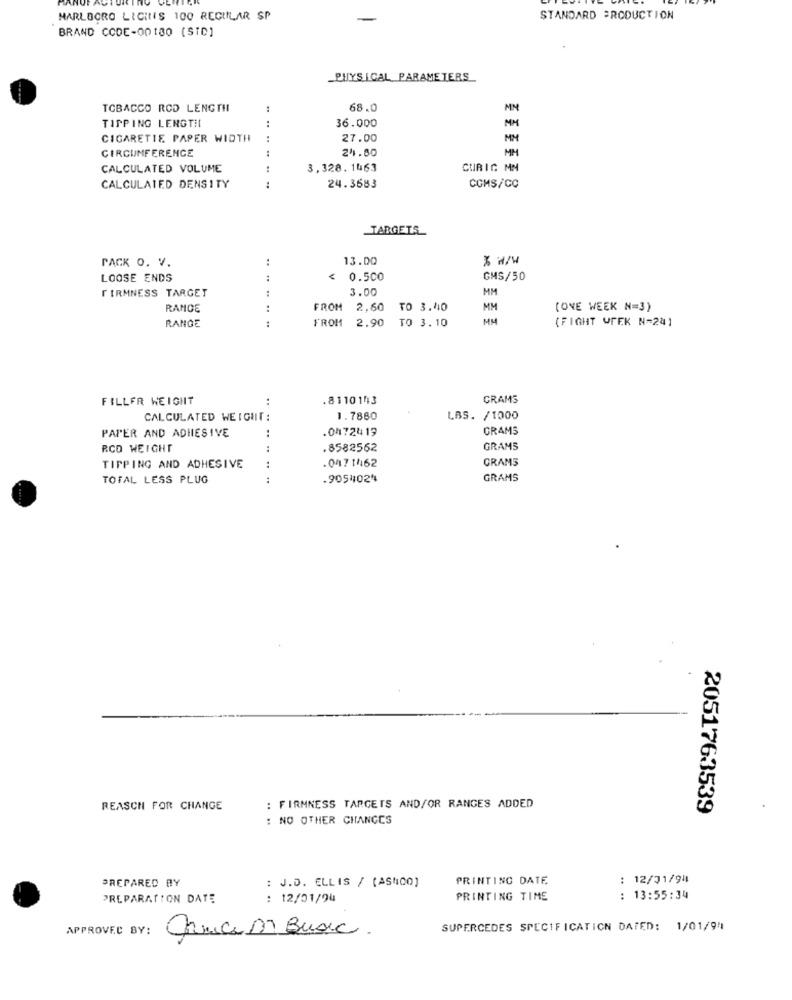
MARLBORO LICINIS 100 REGULAR SP
-
STANDARD PRODUCTION
BRAND CODE-00180 (STD]
_PHYSICAL PARAMETERS
TOBACCO ROD LENGTH
68.0
MN
TIPPING LENGTH
36.000
:
MM
CIGARETTE PAPER WIDTH
:
27.00
MM
CIRCUMFERENCE
:
241.80
MH
CALCULATED VOLUME
:
3,328. 1463
CURIC MN
CALCULATED DENSITY
24.3683
COMS/CC
TARGETS
:
13.00
% H/W
PACK O. V.
LOOSE ENDS
:
0.500
GMS/50
3.00
MM
FIRMNESS TARGET
RAMOE
:
FROM
2,60
TO 3.40
MM
(ONE WEEK N=3)
RANGE
FROM
2.90
MY
(FIGHT UREK N=241
TO 3.10
FILLER WEIGHT
..
.8110143
GRAMS
CALCULATED WEIGHT:
1.7880
LBS. / 1000
PAPER AND ADHESIVE
.04724 19
GRAMS
RCD WEIGHT
.8582562
GRAMS
GRAMS
TIPPING AND ADHESIVE
.047 1462
TOTAL LESS PLUG
.9054024
GRAMS
REASCH FOR CHANGE
: FIRMNESS TARGETS AND/OR RANGES ADDED
2051763539
: NO OTHER CHANGES
PREPARED BY
: J.D. ELLIS / (AS400)
PRINTING DATE
: 12/31/94
PREPARATION DATE
: 12/01/94
PRINTING TIME
: 13:55:34
APPROVED BY:
SUPERCEDES SPECIFICATION DATED: 1/01/94
Chrice M Busic.